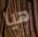
هيا